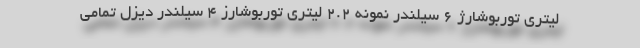
لیتری توربوشارژ 6 سیلندر نمونه 2.2 لیتری توربوشارز 4 سیلندر دیزل تمامی